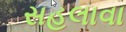
સહલાવા